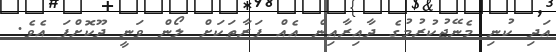
އަދި ކުނި މެނޭޖުކުރުމުގެ ދާއިރާއިން އެއް ފަރާތަކަށް ލޯން ވަނީ ދޫކޮށްފަ އެވެ.